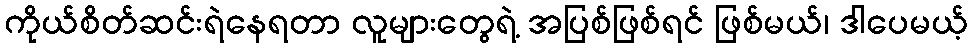
ကိုယ်စိတ်ဆင်းရဲနေရတာ လူများတွေရဲ့ အပြစ်ဖြစ်ရင် ဖြစ်မယ်၊ ဒါပေမယ့်